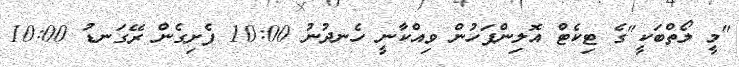
"މީ ލޯތްބަކީ"ގެ ޓިކެޓް އޮލިންޕަހުން ވިއްކާނީ ހެެނދުނު 10:00 ފެށިގެން ރޭގަނޑު 10:00